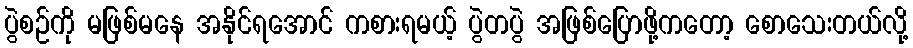
ပွဲစဉ်ကို မဖြစ်မနေ အနိုင်ရအောင် ကစားရမယ့် ပွဲတပွဲ အဖြစ်ပြောဖို့ကတော့ စောသေးတယ်လို့